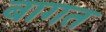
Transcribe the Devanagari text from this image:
बागत